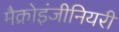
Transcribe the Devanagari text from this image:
मैक्रोइंजीनियरी